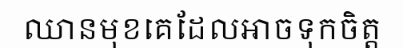
ឈានមុខគេដែលអាចទុកចិត្ត